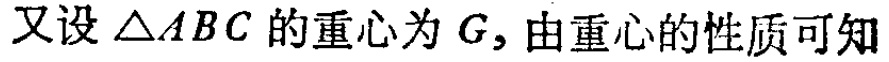
又设\(\triangle ABC\)的重心为\(G\)，由重心的性质可知